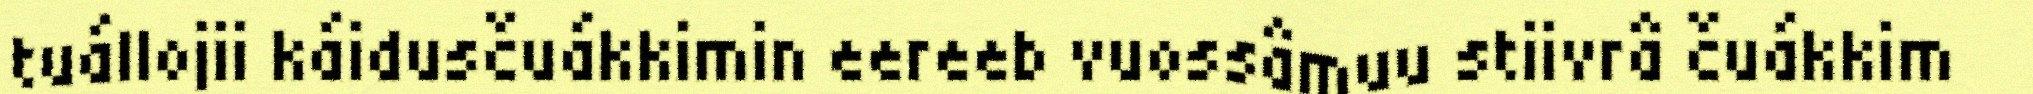
tuállojii káidusčuákkimin eereeb vuossâmuu stiivrâ čuákkim